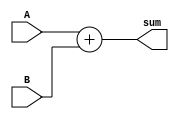
`timescale 1ns/1ns
module Adder (A,B,sum);
    input signed [31:0]A,B;
    output signed [31:0]sum;
    assign #1 sum=A+B;
endmodule